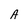
Character: A